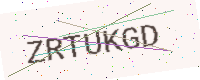
Text: ZRTUKGD